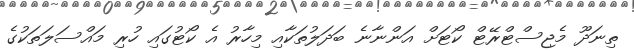
ތިނަދޫ މެޖިސްޓްރޭޓް ކޯޓަށް އަންނާނެ ބަދަލުތަކާއި މިހާރު އެ ކޯޓުގައި ހުރި މައްސަލަތަކުގެ